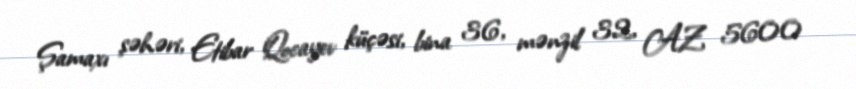
Şamaxı şəhəri, Etibar Qocayev küçəsi, bina 36, mənzil 32, AZ 5600